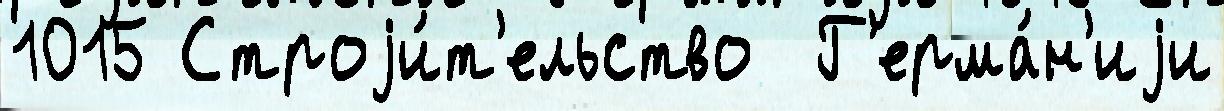
1015 Строjи́т'ельство  Г'ерма́н'иjи